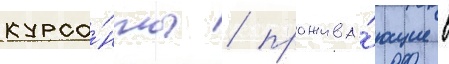
курса́нты / прожива́ющие в